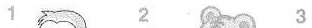
1 2 3